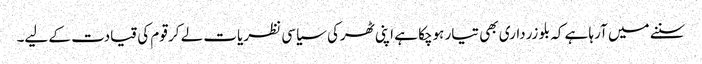
سننے میں آرہا ہے کہ بلو زرداری بھی تیار ہوچکا ہے اپنی ٹھرکی سیاسی نظریات لے کر قوم کی قیادت کے لیے۔